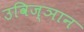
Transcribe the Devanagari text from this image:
उविज्ञान